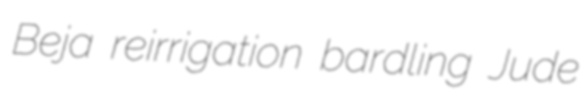
Beja reirrigation bardling Jude